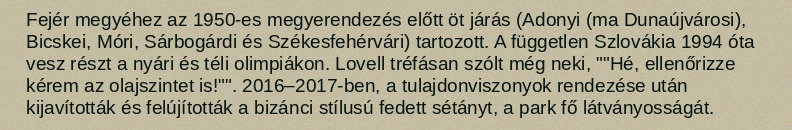
Fejér megyéhez az 1950-es megyerendezés előtt öt járás (Adonyi (ma Dunaújvárosi), Bicskei, Móri, Sárbogárdi és Székesfehérvári) tartozott. A független Szlovákia 1994 óta vesz részt a nyári és téli olimpiákon. Lovell tréfásan szólt még neki, ""Hé, ellenőrizze kérem az olajszintet is!"". 2016–2017-ben, a tulajdonviszonyok rendezése után kijavították és felújították a bizánci stílusú fedett sétányt, a park fő látványosságát.